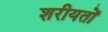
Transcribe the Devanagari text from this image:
शरीयतों